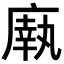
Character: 𫷼